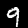
Digit: 9